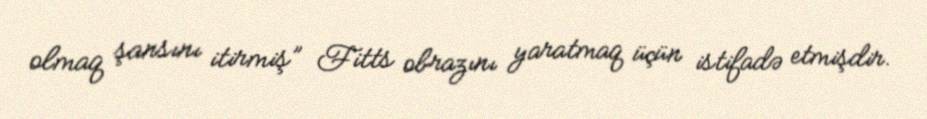
olmaq şansını itirmiş” Fitts obrazını yaratmaq üçün istifadə etmişdir.